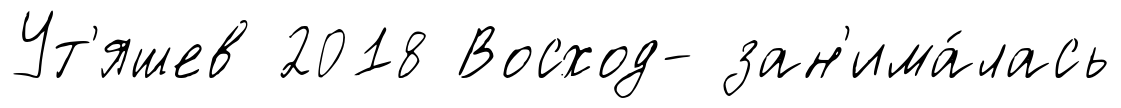
Ут'яшев 2018 Восход- зан'има́лась